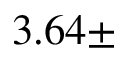
3 . 6 4 \pm